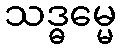
သဒ္ဓမ္မေ